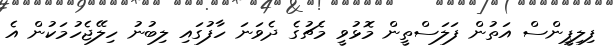
ފިލިޕީންސް އަތުން ފަލަސްތީން މޮޅުވީ މެޗުގެ ދެވަނަ ހާފުގައި ލިބުނު ހިލޭޖެހުމަކުން އެ